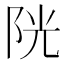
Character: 𨹂